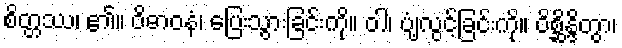
စိတ္တဿ၊ ၏။ ဝိဓာဝနံ၊ ပြေးသွားခြင်းကို။ ဝါ၊ ပျံ့လွင့်ခြင်းကို။ ဝိစ္ဆိန္ဒိတွာ၊